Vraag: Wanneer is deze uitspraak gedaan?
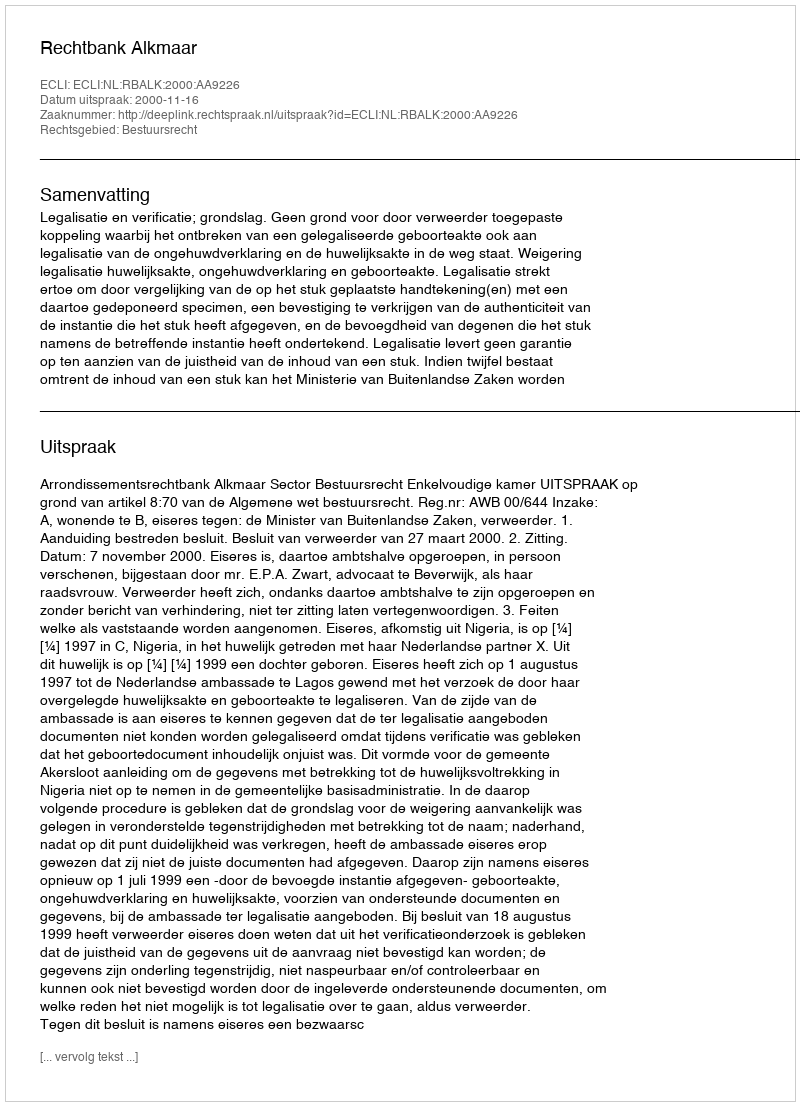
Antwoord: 2000-11-16